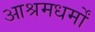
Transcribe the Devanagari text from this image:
आश्रमधर्मों